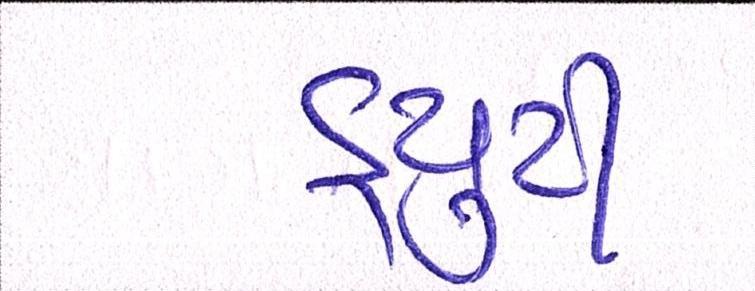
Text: ડ્યુટી